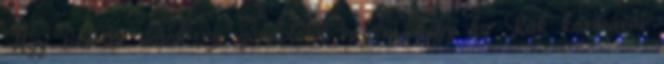
Úgy sikerült mindössze gondolatot vezetni, hogy ha Rák karmával